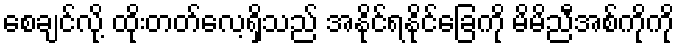
စေချင်လို့ ထိုးတတ်လေ့ရှိသည် အနိုင်ရနိုင်ခြေကို မိမိညီအစ်ကိုကို